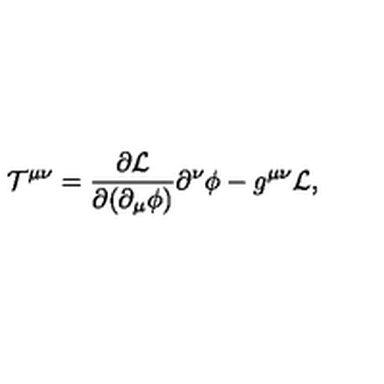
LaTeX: { \cal T } ^ { \mu \nu } = \frac { \partial { \cal L } } { \partial ( \partial _ { \mu } \phi ) } \partial ^ { \nu } \phi - g ^ { \mu \nu } { \cal L } ,